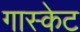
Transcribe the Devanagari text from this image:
गास्केट